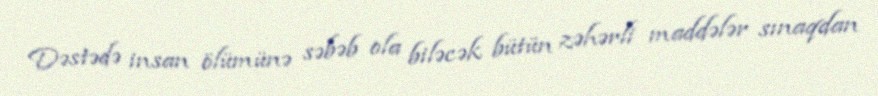
Dəstədə insan ölümünə səbəb ola biləcək bütün zəhərli maddələr sınaqdan